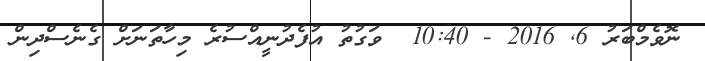
ނޮވެމްބަރު 6